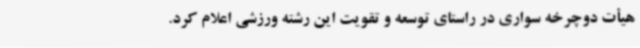
هیأت دوچرخه سواری در راستای توسعه و تقویت این رشته ورزشی اعلام کرد.